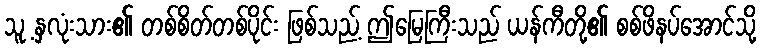
သူ့ နှလုံးသား၏ တစ်စိတ်တစ်ပိုင်း ဖြစ်သည့် ဤမြေကြီးသည် ယန်ကီတို့၏ စစ်ဖိနပ်အောင်သို့